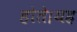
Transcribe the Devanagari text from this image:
होते।यह